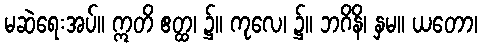
မဆဲရေးအပ်။ ဣတိ ဧတ္ထ၊ ၌။ ကုလေ၊ ၌။ ဘဂိနိ၊ နှမ။ ယတော၊